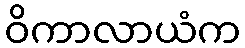
ဝိကာလာယံက